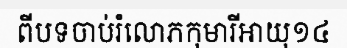
ពីបទចាប់រំលោភកុមារីអាយុ១៤